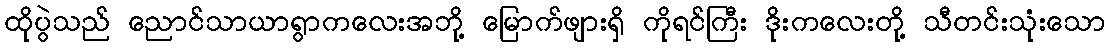
ထိုပွဲသည် ညောင်သာယာရွာကလေးအဘို့ မြောက်ဖျားရှိ ကိုရင်ကြီး ဒိုးကလေးတို့ သီတင်းသုံးသော